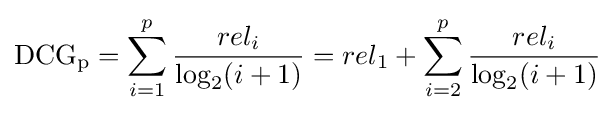
\mathrm {DCG_{p}} =\sum _{i=1}^{p}{\frac {rel_{i}}{\log _{2}(i+1)}}=rel_{1}+\sum _{i=2}^{p}{\frac {rel_{i}}{\log _{2}(i+1)}}